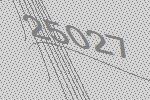
25027